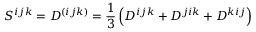
S ^ { i j k } = D ^ { ( i j k ) } = \frac 1 3 \left( D ^ { i j k } + D ^ { j i k } + D ^ { k i j } \right)